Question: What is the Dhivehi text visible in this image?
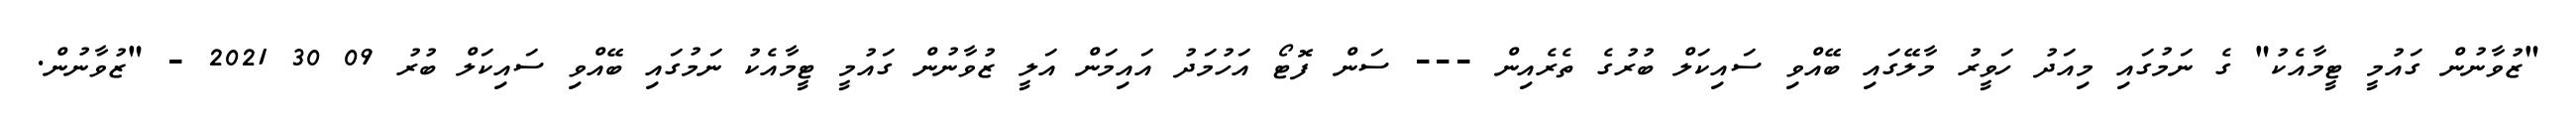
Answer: "ޒުވާނުން ގައުމީ ޓީމާއެކު" ގެ ނަމުގައި މިއަދު ހަވީރު މާލޭގައި ބޭއްވި ސައިކަލް ބުރުގެ ތެރެއިން --- ސަން ފޮޓޯ އަހުމަދު އައިމަން އަލީ ޒުވާނުން ގައުމީ ޓީމާއެކު ނަމުގައި ބޭއްވި ސައިކަލް ބުރު 09 30 2021 - "ޒުވާނުން.